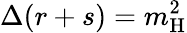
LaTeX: \Delta(r+s)=m_{\mathrm{H}}^{2}